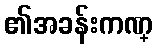
၏အခန်းကဏ္